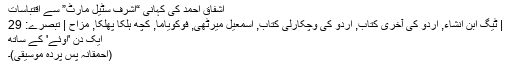
اشفاق احمد کی کہانی “اشرف سٹیل مارٹ” سے اقتباسات
| ٹیگ ابن انشاء, اردو کی آخری کتاب, اردو کی وچکارلی کتاب, اسمعیل میرٹھی, فوکویاما, کچھ ہلکا پھلکا, مزاح | تبصرے: 29
ایک دن 'اوئے' کے ساتھ
(احمقانہ پس پردہ موسیقی)۔